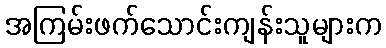
အကြမ်းဖက်သောင်းကျန်းသူများက